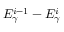
E _ { \gamma } ^ { i - 1 } - E _ { \gamma } ^ { i }